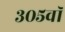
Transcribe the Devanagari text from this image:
३०५वॉ